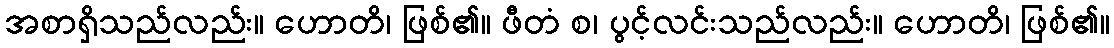
အစာရှိသည်လည်း။ ဟောတိ၊ ဖြစ်၏။ ဖီတံ စ၊ ပွင့်လင်းသည်လည်း။ ဟောတိ၊ ဖြစ်၏။